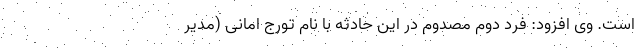
است. وی افزود: فرد دوم مصدوم در این حادثه با نام تورج امانی (مدیر